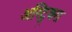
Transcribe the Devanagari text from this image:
अस्ट्रिक्स